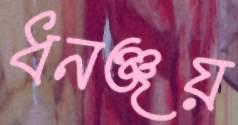
ধনঞ্জয়